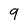
Character: 9